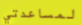
لمساعدتي